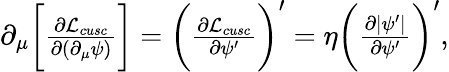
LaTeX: \begin{array}{r}{\partial_{\mu}\bigg[\frac{\partial\mathcal{L}_{cusc}}{\partial(\partial_{\mu}\psi)}\bigg]=\bigg(\frac{\partial\mathcal{L}_{cusc}}{\partial\psi^{\prime}}\bigg)^{\prime}=\eta\bigg(\frac{\partial\vert\psi^{\prime}\vert}{\partial\psi^{\prime}}\bigg)^{\prime},}\end{array}